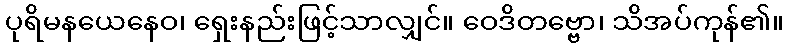
ပုရိမနယေနေဝ၊ ရှေးနည်းဖြင့်သာလျှင်။ ဝေဒိတဗ္ဗော၊ သိအပ်ကုန်၏။